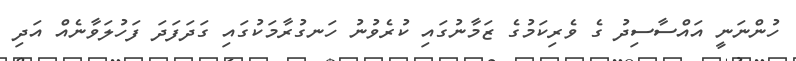
ހުންނަނީ އައްސާސިދު ގެ ވެރިކަމުގެ ޒަމާނުގައި ކުރެވުނު ހަނގުރާމަކުގައި ގަދަފަދަ ފަހުލަވާނެއް އަދި